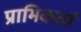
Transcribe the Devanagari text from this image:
प्राभिकर्ता